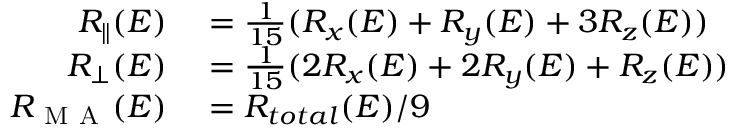
\begin{array} { r l } { R _ { \parallel } ( E ) } & { { } = \frac { 1 } { 1 5 } ( R _ { x } ( E ) + R _ { y } ( E ) + 3 R _ { z } ( E ) ) } \\ { R _ { { \perp } } ( E ) } & { { } = \frac { 1 } { 1 5 } ( 2 R _ { x } ( E ) + 2 R _ { y } ( E ) + R _ { z } ( E ) ) } \\ { R _ { \mathrm { ~ M ~ A ~ } } ( E ) } & { { } = R _ { t o t a l } ( E ) / 9 } \end{array}